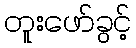
တူးဖော်ခွင့်